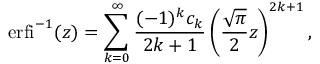
\operatorname { e r f i } ^ { - 1 } ( z ) = \sum _ { k = 0 } ^ { \infty } { \frac { ( - 1 ) ^ { k } c _ { k } } { 2 k + 1 } } \left( { \frac { \sqrt { \pi } } { 2 } } z \right) ^ { 2 k + 1 } ,